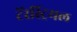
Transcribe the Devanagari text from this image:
टेरेस्‍ट्रियल